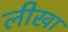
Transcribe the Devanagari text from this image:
लीखा